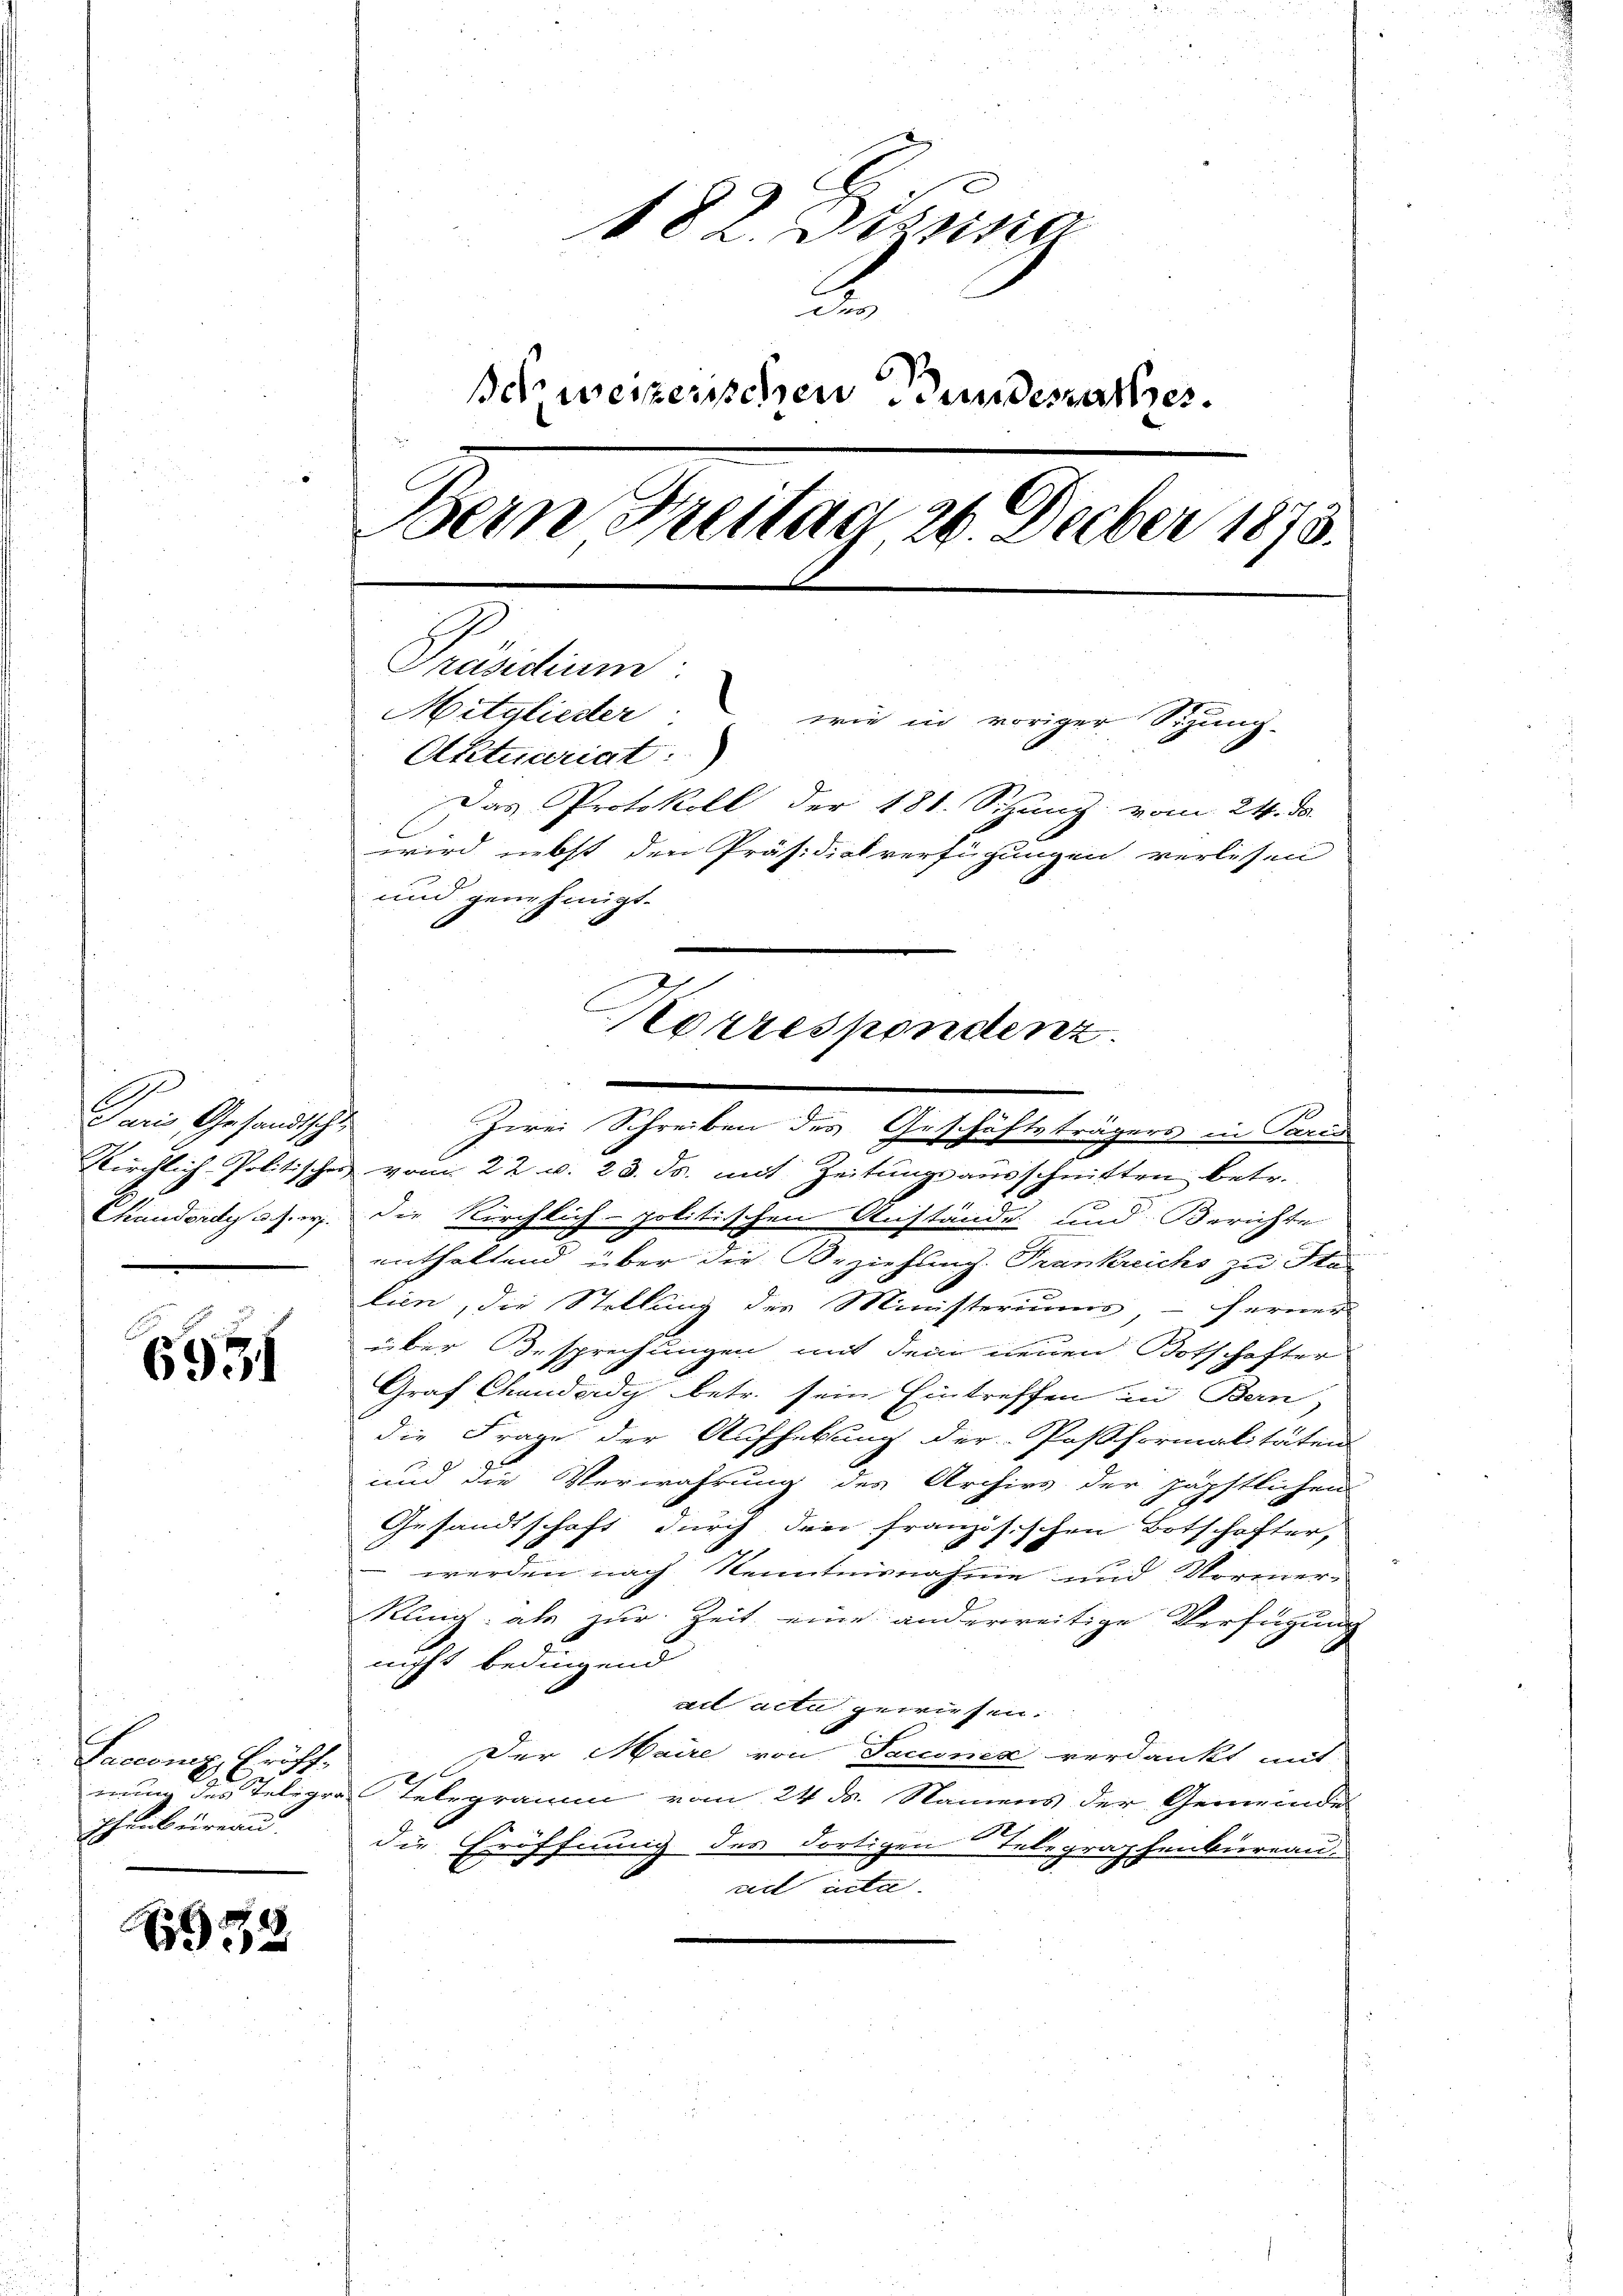
E
Kirchlich-Politische
Chiandordy u. s. w.

6951

Saccomp. Eröff¬
Thenbureau.

1932

182. Diesig
Behweizerischen Bundesrathes.
Bern Freitag 26. Decber 1873.
Präsidium
Mitglieder wie in voriger Spung-
Aktuariat:)
Das Protokoll der 188. Sizung vom 24. d.
wird nebst den Präsidialverfügungen verlesen
und genehmigt.

Paris Gesandtsche Zwei Schreiben des Geschäftsträgers in Paris
 vom 22. v. 28. ds. mit Zeitungsausschnitten betr.
die Kirchlich-politischen Anstände und Berichte
eithaltend über die Beziehung. Trankreichs zu Sta
lien, die Stellung der Ministeriums, - ferner
über Besprechungen mit dem neuen Botschafter
Graf Chanderdy betr. sein Eintreffen in Bern,
die Frage der Aufhebung der Postformalitäten
und die Verwahrung des Archivs der zäpstlichen
Gesandtschaft durch drei französischen Botschafter,
werden nach Kenntnisnahme und Vormer-
Kling, als zur Zeit eine anderreitige Verfügung
nicht bedingend
ad acta gewiesen.
Der Maire von Sacconex verdankt mit
nung des Telegra Telegramm vom 24. ds. Namens der Gemeinde
die Eröffnung des dortigen Telegraphenbureau
riet inte.

e

Korrespondenz.